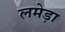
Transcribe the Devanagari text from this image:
लमेड़ा